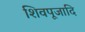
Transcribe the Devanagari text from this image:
शिवपूजादि